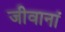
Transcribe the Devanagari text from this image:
जीवानां